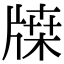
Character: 𤗥